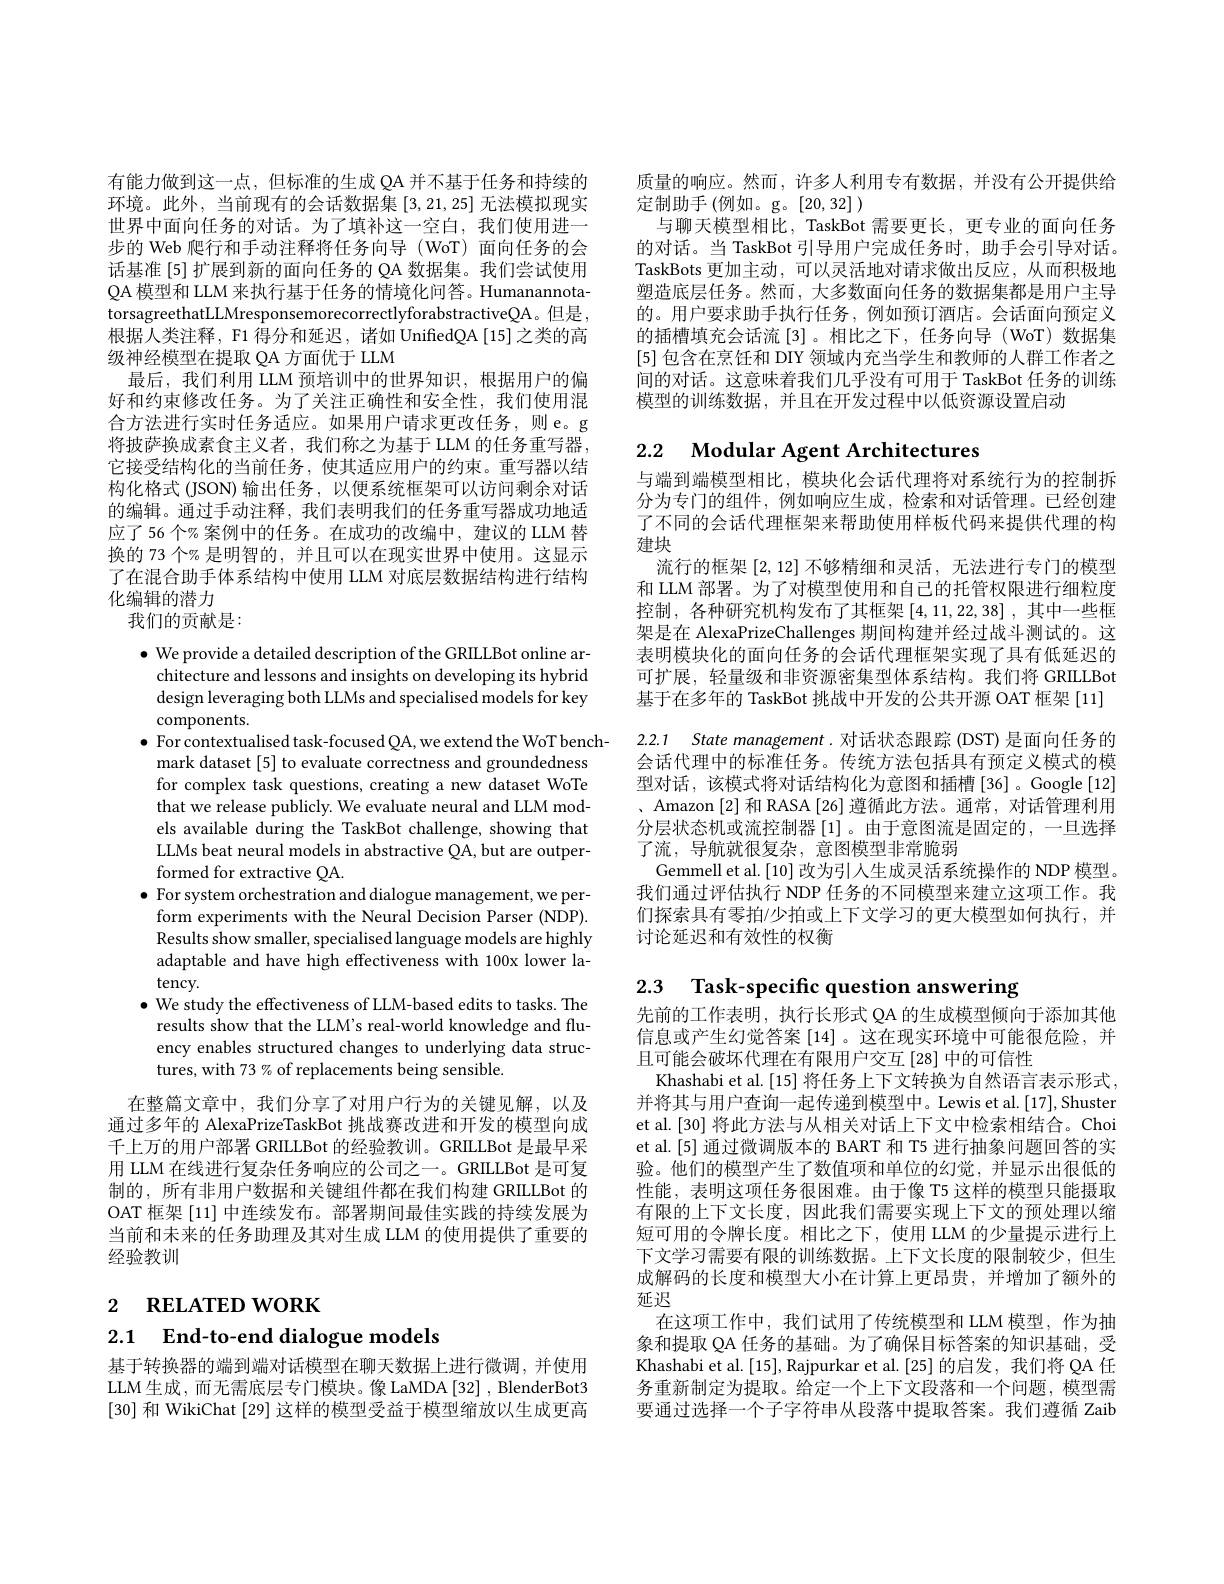
有能力做到这一点，但标准的生成 QA 并不基于任务和持续的环境。此外，当前现有的会话数据集[3,21,25]无法模拟现实世界中面向任务的对话。为了填补这一空白，我们使用进一步的 Web 爬行和手动注释将任务向导 (WoT)面向任务的会话基准[5]扩展到新的面向任务的 QA 数据集。我们尝试使用QA 模型和 LLM 来执行基于任务的情境化问答。HumanannotatorsagreethatLLMresponsemorecorrectlyforabstractiveQA。但是， 根据人类注释，F1 得分和延迟，诸如 UnifedQA[15] 之类的高级神经模型在提取 QA 方面优于 LLM
最后，我们利用 LLM 预培训中的世界知识，根据用户的偏好和约束修改任务。为了关注正确性和安全性，我们使用混合方法进行实时任务适应。如果用户请求更改任务，则 e。g 将披萨换成素食主义者，我们称之为基于 LLM 的任务重写器， 它接受结构化的当前任务，使其适应用户的约束。重写器以结构化格式 (JSON) 输出任务，以便系统框架可以访问剩余对话的编辑。通过手动注释，我们表明我们的任务重写器成功地适应了 56 个% 案例中的任务。在成功的改编中，建议的 LLM 替换的 73 个% 是明智的，并且可以在现实世界中使用。这显示了在混合助手体系结构中使用 LLM 对底层数据结构进行结构化编辑的潜力
我们的贡献是：

$\bullet$ We provide a detailed description of the GRILLBot online architecture and lessons and insights on developing its hybrid design leveraging both LLMs and specialised models for key components.
$\bullet$ For contextualised task-focused QA, we extend the WoT bench-
mark dataset [5] to evaluate correctness and groundedness for complex task questions, creating a new dataset WoTe that we release publicly. We evaluate neural and LLM models available during the TaskBot challenge, showing that LLMs beat neural models in abstractive QA, but are outperformed for extractive QA.
$\bullet$ For system orchestration and dialogue management, we per-
form experiments with the Neural Decision Parser (NDP). Results show smaller, specialised language models are highly adaptable and have high effectiveness with 100x lower latency.
$\bullet$ We study the effectiveness of LLM-based edits to tasks. The
results show that the LLM's real-world knowledge and fluency enables structured changes to underlying data structures, with 73 % of replacements being sensible.

在整篇文章中，我们分享了对用户行为的关键见解，以及

通过多年的 AlexaPrizeTaskBot 挑战赛改进和开发的模型向成千上万的用户部署 GRILLBot 的经验教训。GRILLBot 是最早采用 LLM 在线进行复杂任务响应的公司之一。GRILLBot 是可复制的，所有非用户数据和关键组件都在我们构建 GRILLBot 的OAT 框架 [11] 中连续发布。部署期间最佳实践的持续发展为当前和未来的任务助理及其对生成 LLM 的使用提供了重要的经验教训

2 $\textbf{RELATED WORK}$

2.1 End-to-end dialogue models

基于转换器的端到端对话模型在聊天数据上进行微调，并使用LLM 生成，而无需底层专门模块。像 LaMDA [32] , BlenderBot3 [30]和 WikiChat [29] 这样的模型受益于模型缩放以生成更高

质量的响应。然而，许多人利用专有数据，并没有公开提供给
定制助手(例如。g。[20,32])
与聊天模型相比，TaskBot 需要更长，更专业的面向任务的对话。当 TaskBot 引导用户完成任务时，助手会引导对话。TaskBots 更加主动，可以灵活地对请求做出反应，从而积极地塑造底层任务。然而，大多数面向任务的数据集都是用户主导的。用户要求助手执行任务，例如预订酒店。会话面向预定义的插槽填充会话流[3]。相比之下，任务向导(WoT)数据集[5]包含在烹饪和 DIY 领域内充当学生和教师的人群工作者之间的对话。这意味着我们几乎没有可用于 TaskBot 任务的训练模型的训练数据，并且在开发过程中以低资源设置启动

## 2.2 Modular Agent Architectures

与端到端模型相比，模块化会话代理将对系统行为的控制拆分为专门的组件，例如响应生成，检索和对话管理。已经创建了不同的会话代理框架来帮助使用样板代码来提供代理的构建块
流行的框架[2,12]不够精细和灵活 ,无法进行专门的模型和 LLM 部署。为了对模型使用和自己的托管权限进行细粒度控制，各种研究机构发布了其框架[4,11,22,38] ,其中一些框架是在 AlexaPrizeChallenges 期间构建并经过战斗测试的。这表明模块化的面向任务的会话代理框架实现了具有低延迟的可扩展，轻量级和非资源密集型体系结构。我们将 GRILLBot 基于在多年的 TaskBot 挑战中开发的公共开源 OAT 框架 [11] 2.2.1 State management.对话状态跟踪 (DST) 是面向任务的会话代理中的标准任务。传统方法包括具有预定义模式的模型对话，该模式将对话结构化为意图和插槽[36]。Google[12] 、Amazon [2]和 RASA [26] 遵循此方法。通常，对话管理利用分层状态机或流控制器[1]。由于意图流是固定的，一旦选择了流，导航就很复杂，意图模型非常脆弱
Gemmell et al. [10]改为引人生成灵活系统操作的 NDP 模型。我们通过评估执行 NDP 任务的不同模型来建立这项工作。我们探索具有零拍/少拍或上下文学习的更大模型如何执行，并讨论延迟和有效性的权衡

# 2.3 Task-specific question answering

先前的工作表明，执行长形式 QA 的生成模型倾向于添加其他信息或产生幻觉答案[14] 。这在现实环境中可能很危险，并且可能会破坏代理在有限用户交互[28] 中的可信性
Khashabi et al. [15] 将任务上下文转换为自然语言表示形式， 并将其与用户查询一起传递到模型中。Lewis et al.[17], Shuster et al.[30] 将此方法与从相关对话上下文中检索相结合。Choi et al.[5] 通过微调版本的 BART 和 T5 进行抽象问题回答的实验。他们的模型产生了数值项和单位的幻觉，并显示出很低的性能，表明这项任务很困难。由于像 T5 这样的模型只能摄取有限的上下文长度，因此我们需要实现上下文的预处理以缩短可用的令牌长度。相比之下，使用 LLM 的少量提示进行上下文学习需要有限的训练数据。上下文长度的限制较少，但生成解码的长度和模型大小在计算上更昂贵，并增加了额外的延迟
在这项工作中，我们试用了传统模型和 LLM 模型，作为抽象和提取 QA 任务的基础。为了确保目标答案的知识基础，受Khashabi et al. [15], Rajpurkar et al. [25] 的启发，我们将 QA 任务重新制定为提取。给定一个上下文段落和一个问题，模型需要通过选择一个子字符串从段落中提取答案。我们遵循 Zaib